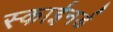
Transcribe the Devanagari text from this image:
स्काईनर्ड